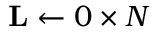
\mathbf { L } \leftarrow 0 \times N